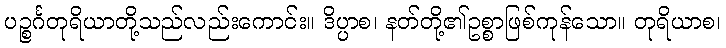
ပဉ္စင်္ဂတုရိယာတို့သည်လည်းကောင်း။ ဒိပ္ပာစ၊ နတ်တို့၏ဥစ္စာဖြစ်ကုန်သော။ တုရိယာစ၊